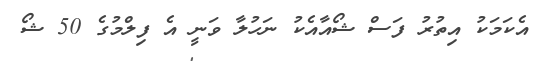
އެކަމަކު އިތުރު ފަސް ޝޯއާއެކު ނަހުލާ ވަނީ އެ ފިލްމުގެ 50 ޝޯ